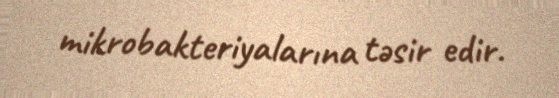
mikrobakteriyalarına təsir edir.